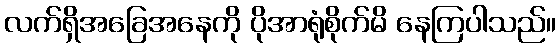
လက်ရှိအခြေအနေကို ပိုအာရုံစိုက်မိ နေကြပါသည်။